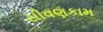
સીવણકામ